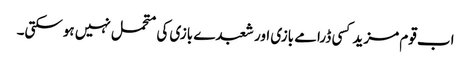
اب قوم مزید کسی ڈرامے بازی اور شعبدے بازی کی متحمل نہیں ہوسکتی۔